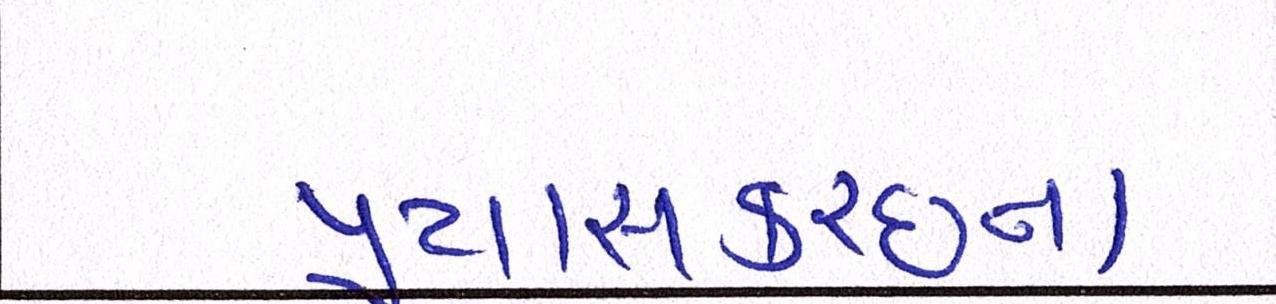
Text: પ્રયાસકચ્છના